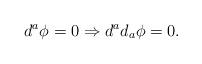
LaTeX: \begin{align*}d^{a}\phi =0\Rightarrow d^{a}d_{a}\phi =0.\end{align*}